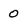
Character: 0